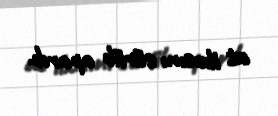
at ilxısını sürüb apardı.